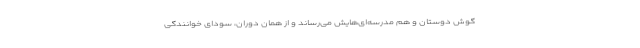
گوش دوستان و هم مدرسه‌ای‌هایش می‌رساند و از همان دوران، سودای خوانندگی